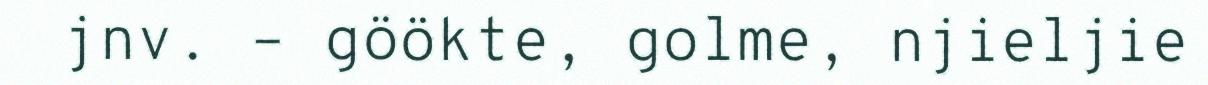
jnv. – göökte, golme, njieljie